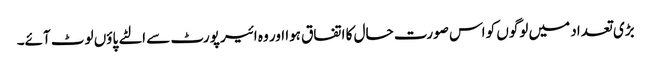
بڑی تعداد میں لوگوں کو اس صورت حال کا اتفاق ہوا اور وہ ائیر پورٹ سے الٹے پاؤں لوٹ آئے۔